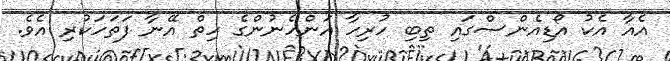
އެއާ އެކު އޯޑިއެންސްގައި ތިބި ހުރިހާ އަންހެނުންގެ ހިތް އޭނާ ފަތަހަކުރި އެވެ.